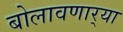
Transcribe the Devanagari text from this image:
बोलावणार्‍या